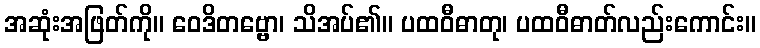
အဆုံးအဖြတ်ကို။ ဝေဒိတဗ္ဗော၊ သိအပ်၏။ ပထဝီဓာတု၊ ပထဝီဓာတ်လည်းကောင်း။